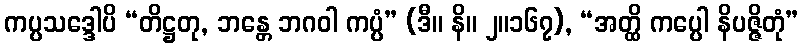
ကပ္ပသဒ္ဒေါပိ “တိဋ္ဌတု, ဘန္တေ ဘဂဝါ ကပ္ပံ” (ဒီ။ နိ။ ၂။၁၆၇), “အတ္ထိ ကပ္ပေါ နိပဇ္ဇိတုံ”